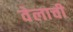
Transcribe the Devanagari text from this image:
वेलाची